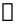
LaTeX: \mathscr{z}